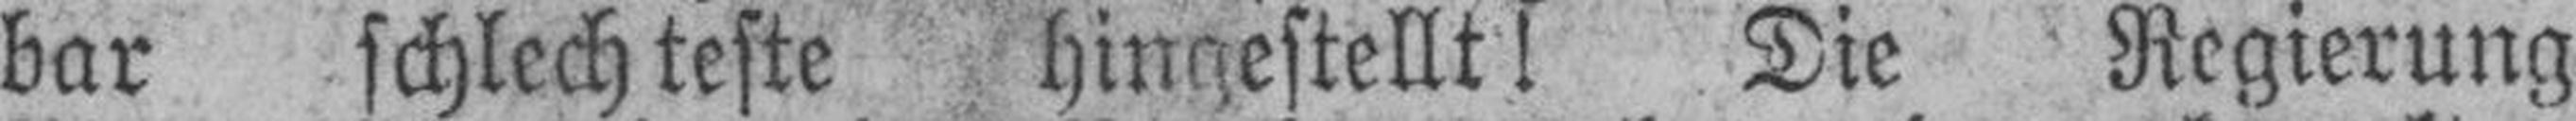
bar schlechteste hingestellt! Die Regierung